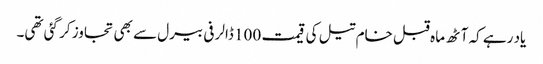
یاد رہے کہ آٹھ ماہ قبل خام تیل کی قیمت 100 ڈالر فی بیرل سے بھی تجاوز کر گئی تھی۔